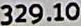
329.10